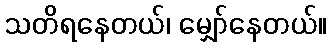
သတိရနေတယ်၊ မျှော်နေတယ်။